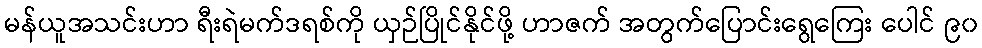
မန်ယူအသင်းဟာ ရီးရဲမက်ဒရစ်ကို ယှဉ်ပြိုင်နိုင်ဖို့ ဟာဇက် အတွက်ပြောင်းရွေကြေး ပေါင် ၉၀